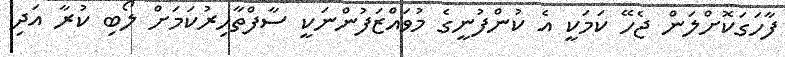
ފާހަގަކޮށްލަން ޖެހޭ ކަމަކީ އެ ކުންފުނީގެ މުވައްޒަފުންނަކީ ސާފްތާހިރުކަމަށް ލޯބި ކުރާ އަދި